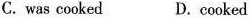
C. was cooked D.cooked